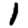
Digit: 1